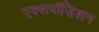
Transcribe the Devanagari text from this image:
एक्सपॉज़िशन